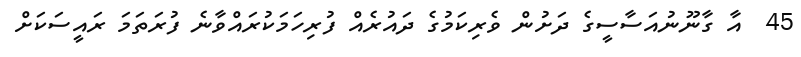
45  އާ ގާނޫނުއަސާސީގެ ދަށުން ވެރިކަމުގެ ދައުރެއް ފުރިހަމަކުރައްވާނެ ފުރަތަމަ ރައީސަކަށް